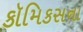
કૉમિકસના